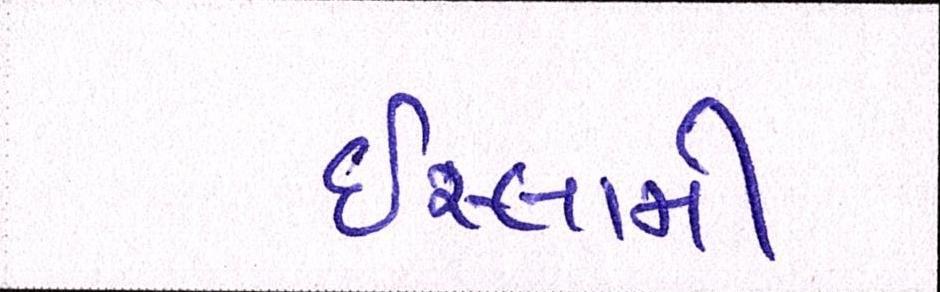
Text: ઈસ્લામી